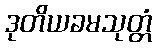
ဒုတိယခမသုတ္တံ